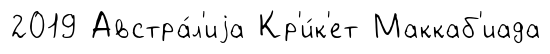
2019 Австра́л'иjа Кр'и́к'ет Маккаб'иада